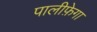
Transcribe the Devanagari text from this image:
पालीफ़ेगा